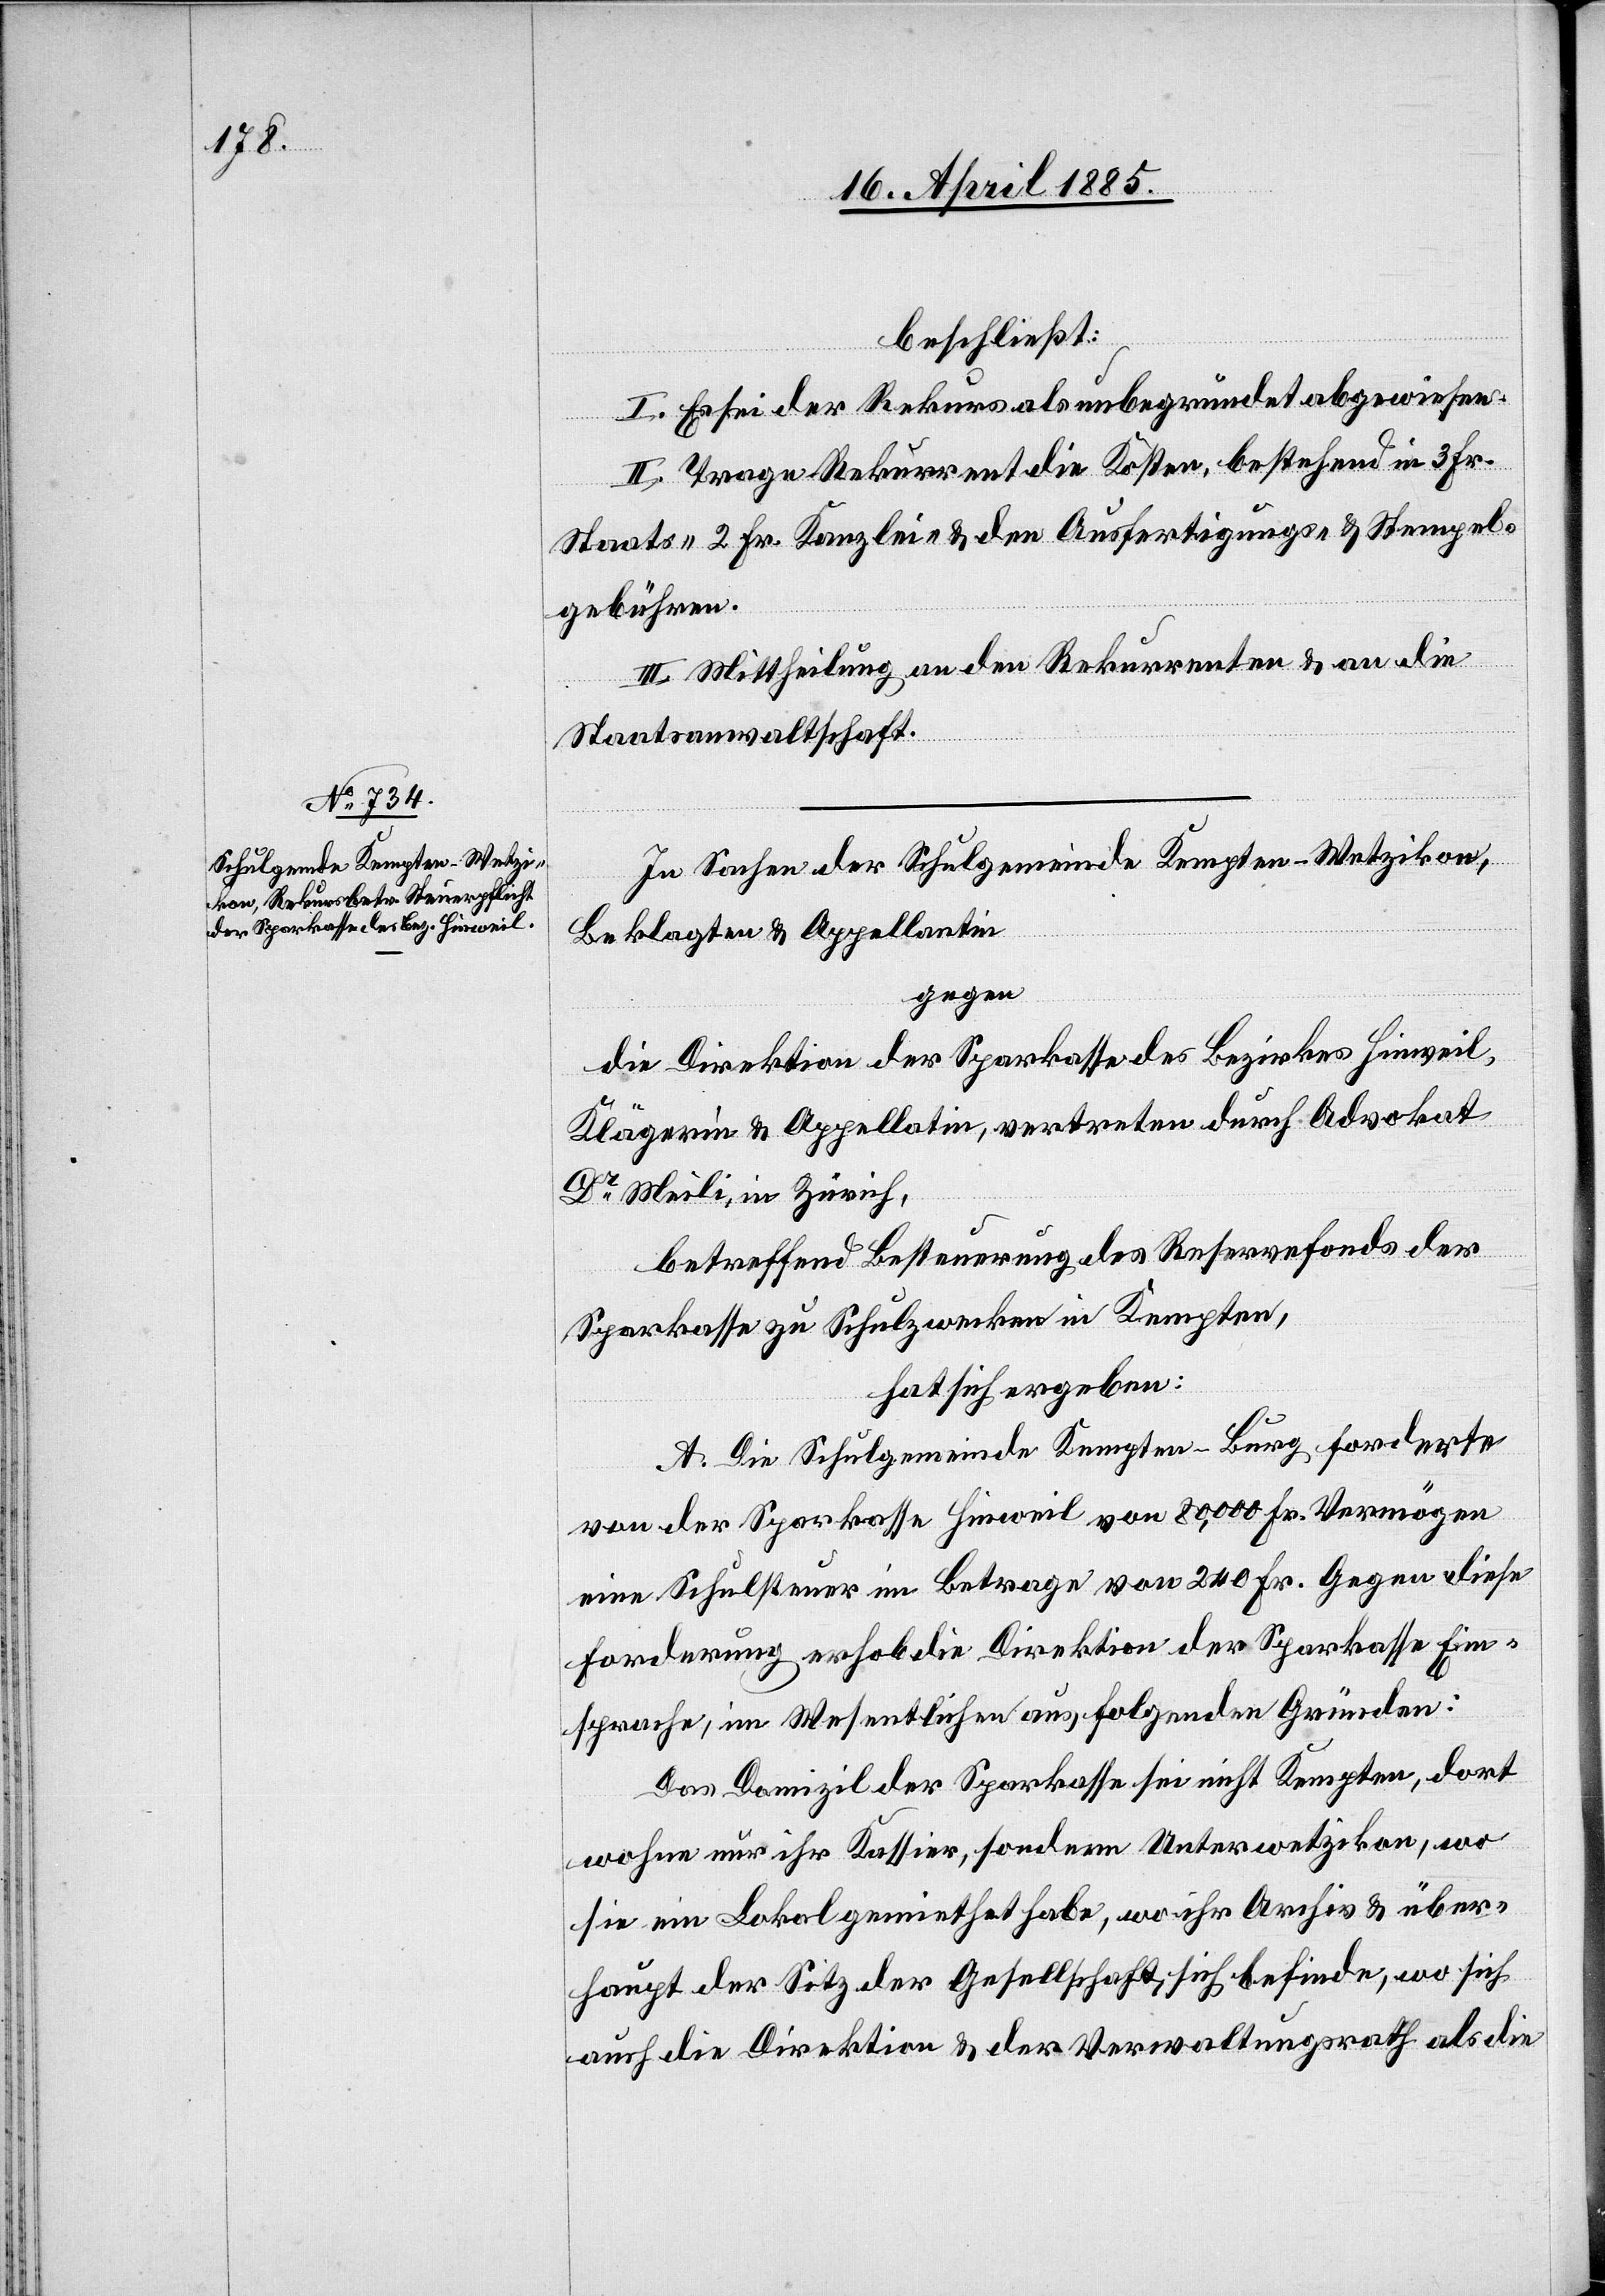
beschließt:
I. Es sei der Rekurs als unbegründet abgewiesen.
II. Trage Rekurrent die Kosten, bestehend in 3 Fr.
Staats-[,] 2 Fr. Kanzlei- & den Ausfertigungs- & Stempel¬
gebühren.
III. Mittheilung an den Rekurrenten & an die
Staatsanwaltschaft.